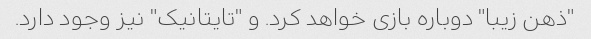
"ذهن زیبا" دوباره بازی خواهد کرد. و "تایتانیک" نیز وجود دارد.